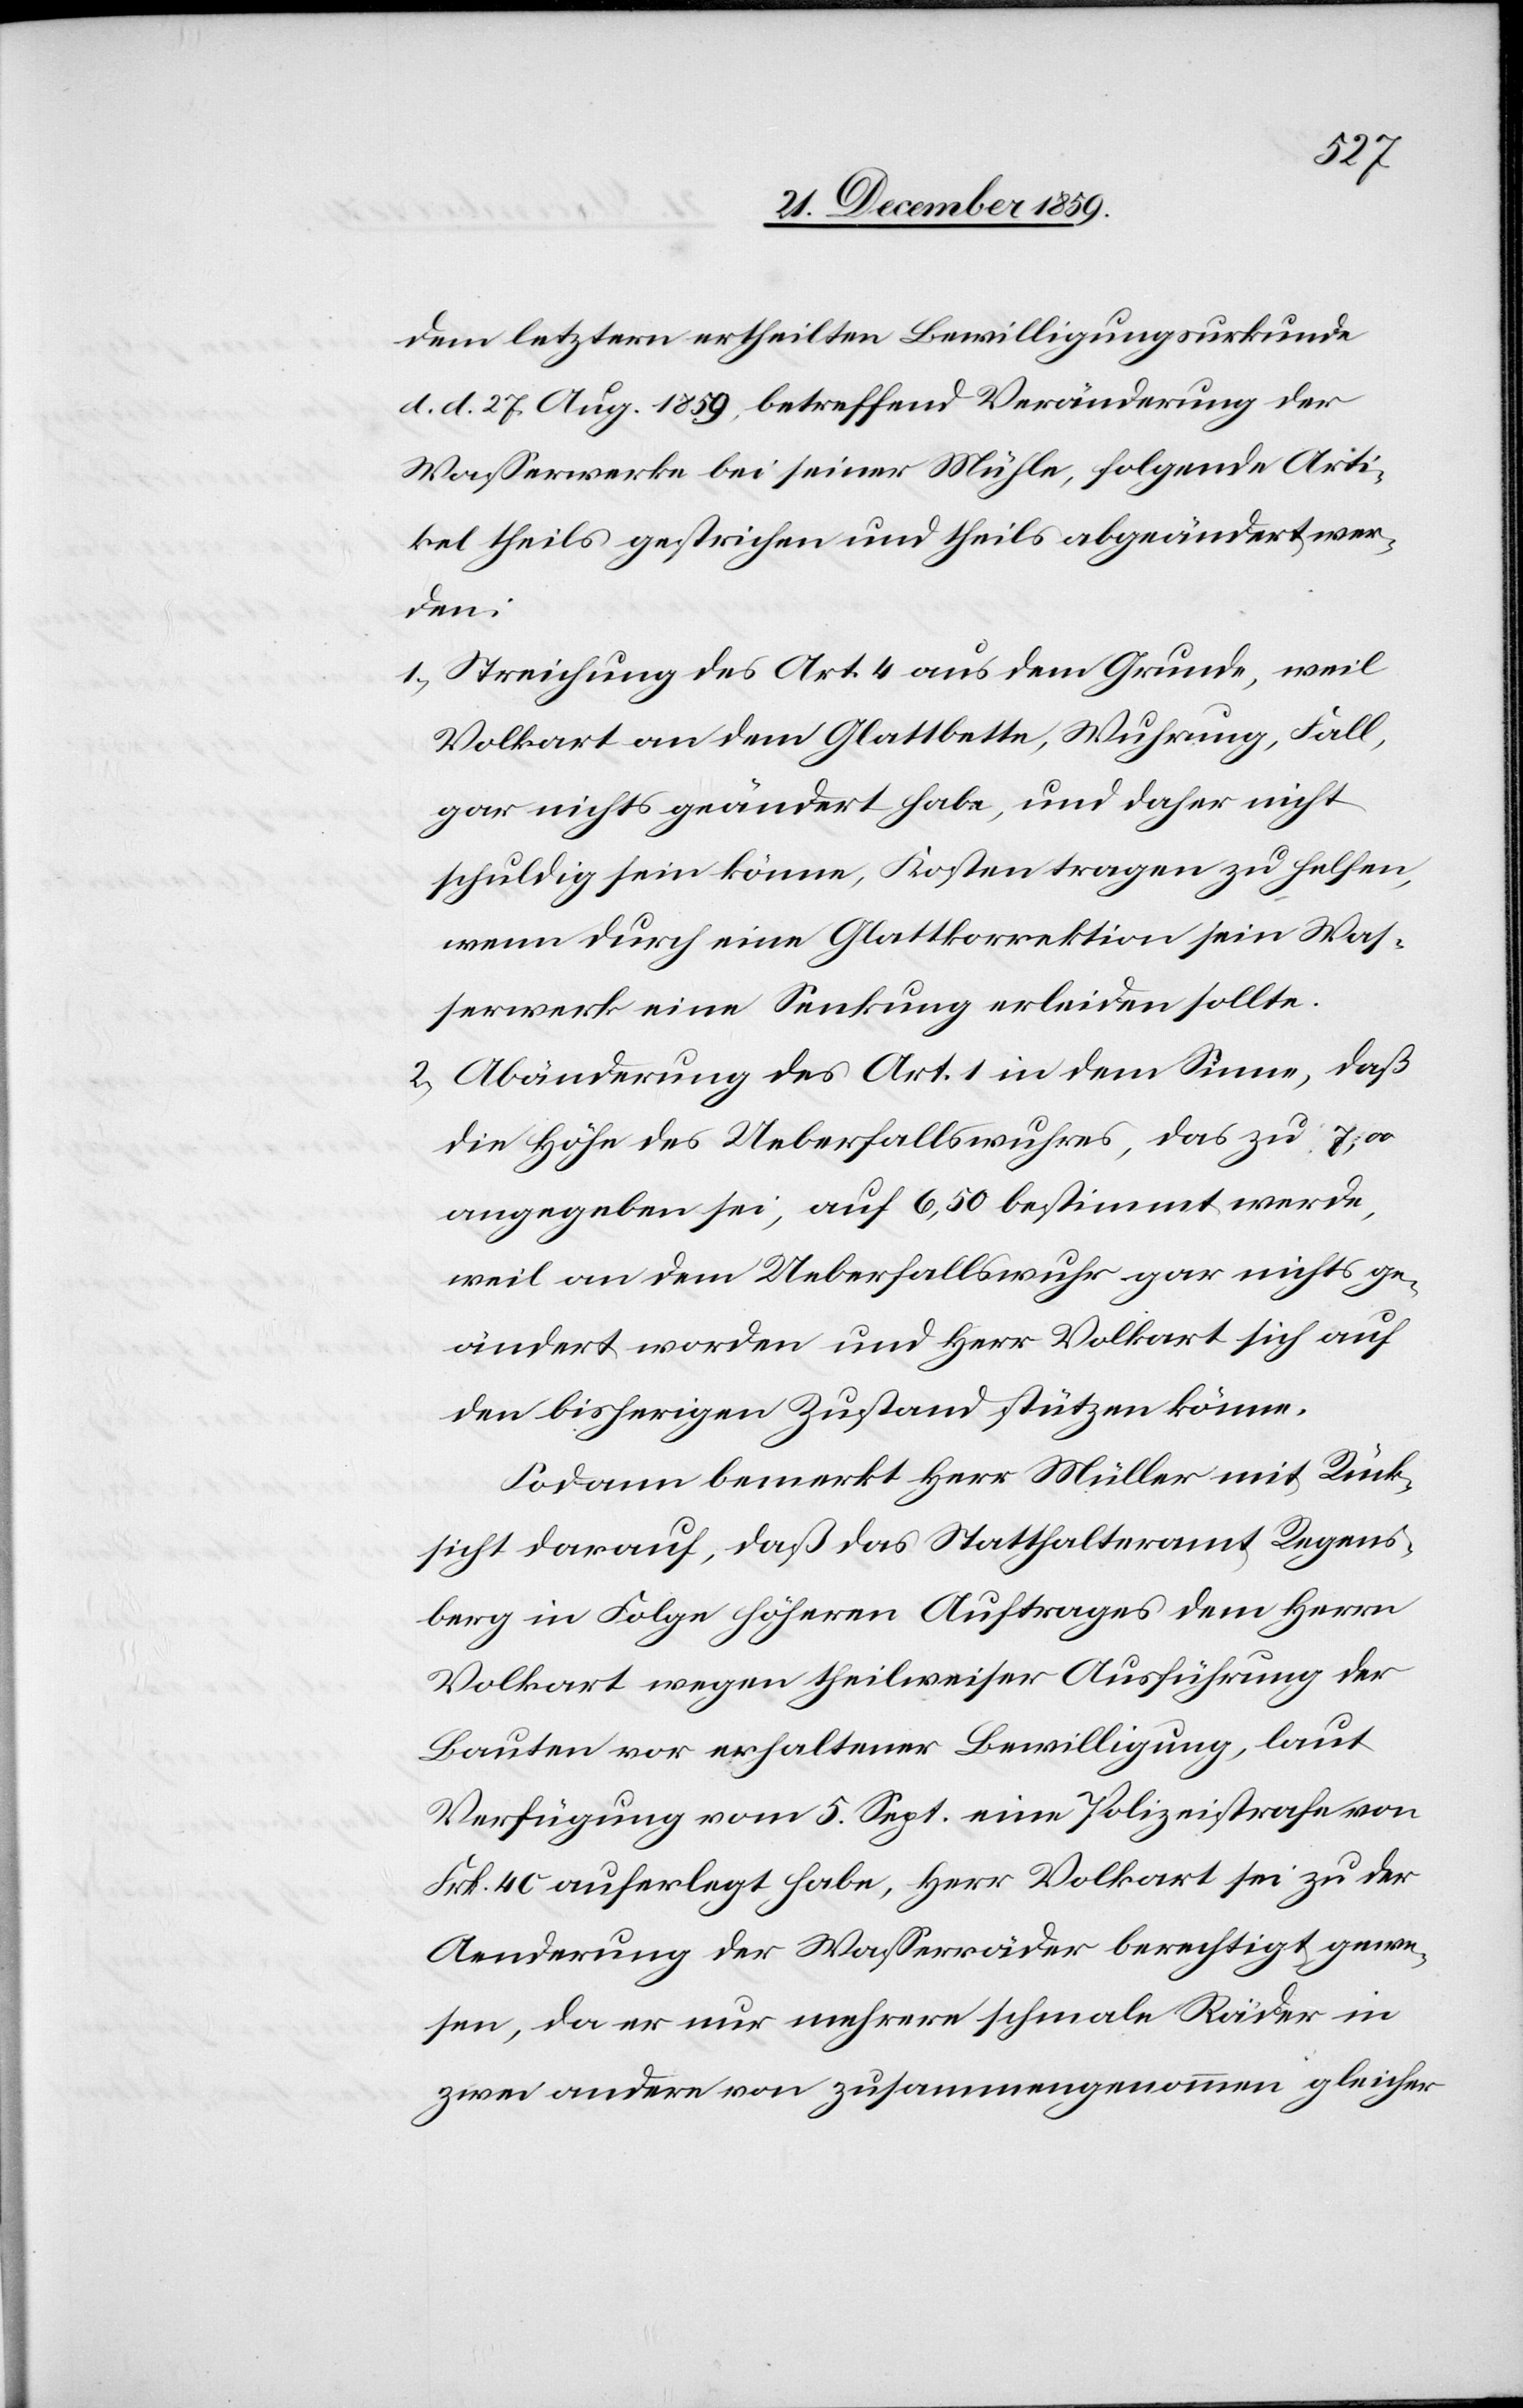
dem letztern ertheilten Bewilligungsurkunde
d. d. 27. Aug. 1859, betreffend Veränderung der
Wasserwerke bei seiner Mühle, folgende Arti¬
kel theils gestrichen und theils abgeändert wer¬
den:
1) Streichung des Art. 4 aus dem Grunde, weil
Volkart an dem Glattbette, Wuhrung, Fall,
gar nichts geändert habe, und daher nicht
schuldig sein könne, Kosten tragen zu helfen,
wenn durch eine Glattkorrektion sein Was¬
serwerk eine Senkung erleiden sollte.
2) Abänderung des Art. 1 in dem Sinne, daß
die Höhe des Ueberfallswuhres, das zu 7,00
angegeben sei, auf 6,50 bestimmt werde,
weil an dem Ueberfallswuhr gar nichts ge¬
ändert worden und Herr Volkart sich auf
den bisherigen Zustand stützen könne.
Sodann bemerkt Herr Müller mit Rück¬
sicht darauf, daß das Statthalteramt Regens¬
berg in Folge höheren Auftrages dem Herrn
Volkart wegen theilweiser Ausführung der
Bauten vor erhaltener Bewilligung, laut
Verfügung vom 5. Sept. eine Polizeistrafe von
Frk. 40 auferlegt habe, Herr Volkart sei zu der
Aenderung der Wasserräder berechtigt gewe¬
sen, da er nur mehrere schmale Räder in
zwei andere von zusammengenommen gleicher